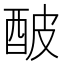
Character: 𨠜